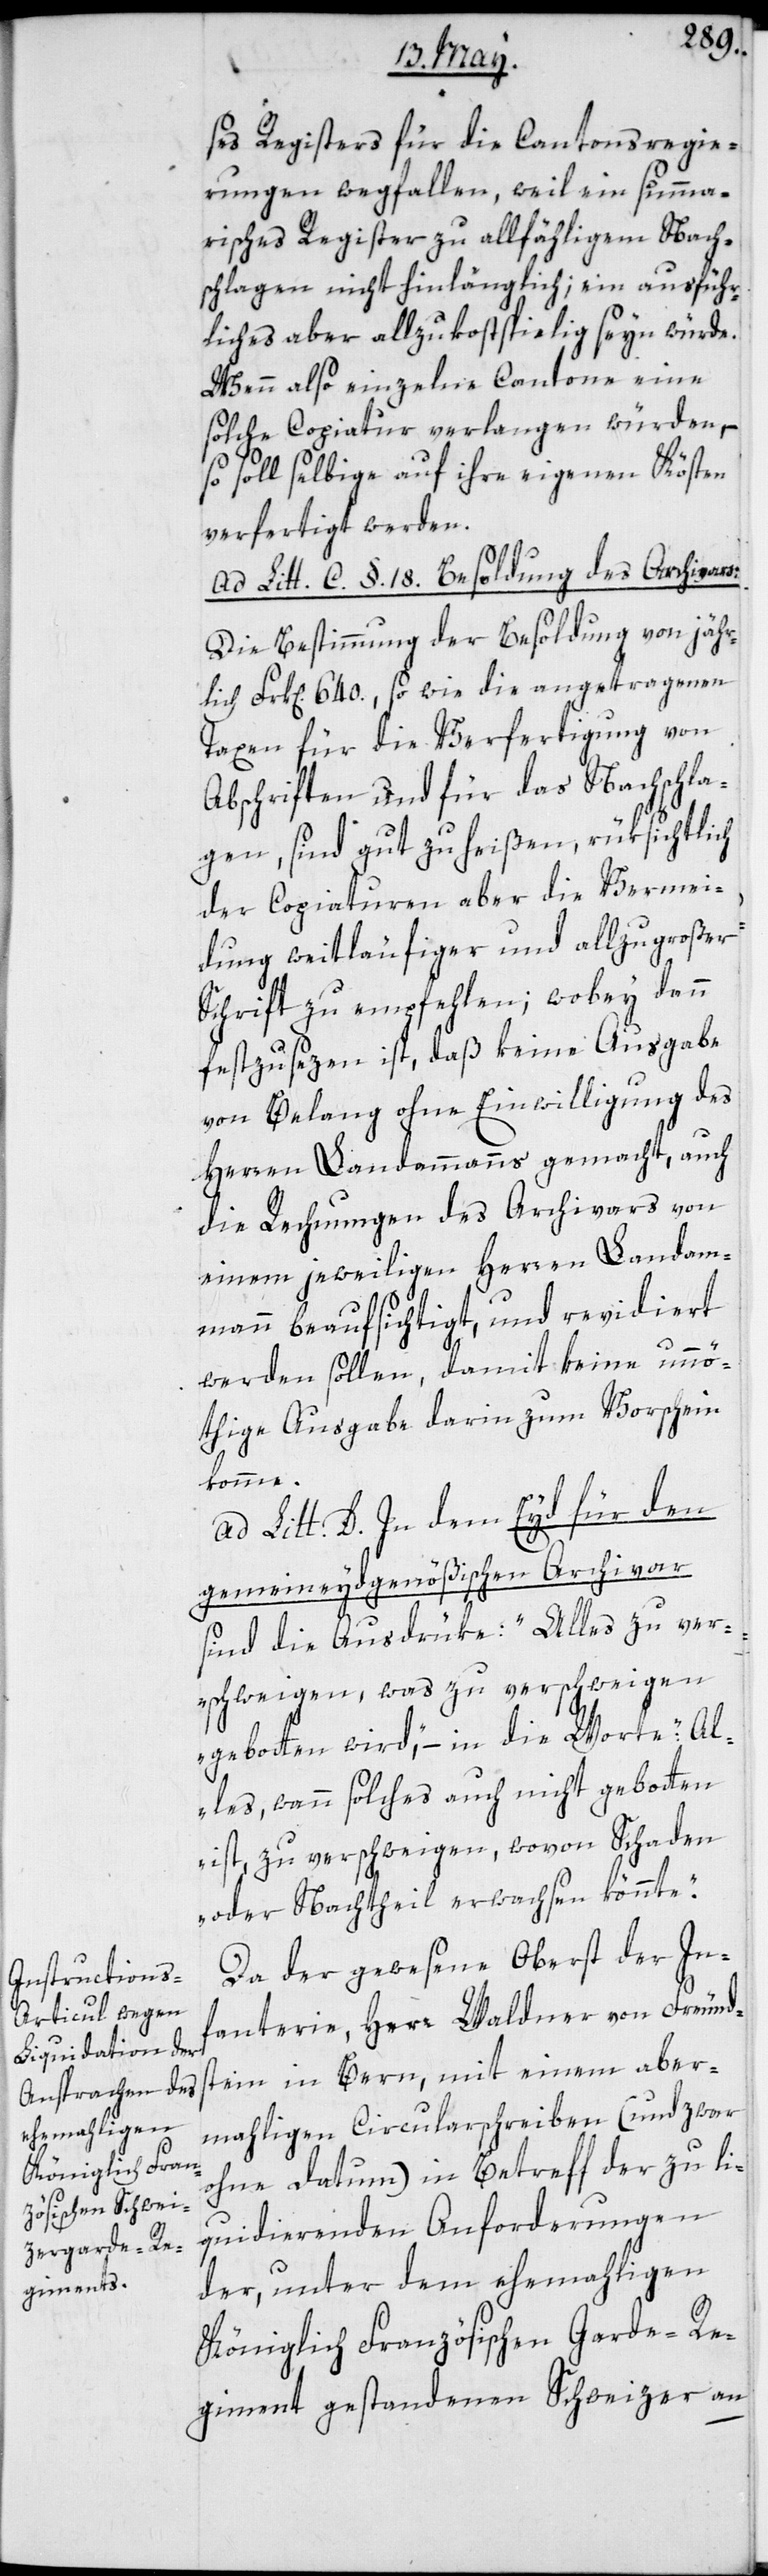
ses Registers für die Cantonsregie¬
rungen wegfallen, weil ein summa¬
risches Register zu allfähligem Nach¬
schlagen nicht hinlänglich; ein ausführ¬
liches aber allzu kostspielig seyn würde.
Wenn also einzelne Cantone eine
solche Copiatur verlangen würden, –
so soll selbige auf ihre eigenen Kösten
verfertigt werden.
Ad Litt. C. §. 18: Besoldung des Archivars.
Die Bestimmung der Besoldung von jähr¬
lich Frk[en]. 640., so wie die angetragenen
Taxen für die Verfertigung von
Abschriften und für das Nachschla¬
gen, sind gut zu heißen, rüksichtlich
der Copiaturen aber die Vermei¬
dung weitläufiger und allzu großer
Schrift zu empfehlen; wobey dann
festzusezen ist, daß keine Ausgabe
von Belang ohne Einwilligung des
Herren Landammanns gemacht, auch
die Rechnungen des Archivars von
einem jeweiligen Herren Landam¬
mann beaufsichtigt, und revidiert
werden sollen, damit keine unnö¬
thige Ausgabe darin zum Vorschein
komme.
Ad Litt. D: In dem Eyd für den
gemeineydgenößischen Archivar
sind die Ausdrüke: „Alles zu ver¬
schweigen, was zu verschweigen
gebotten wird,“ in die Worte: „Al¬
les, wann solches auch nicht geboten
ist, zu verschweigen, wovon Schaden
oder Nachtheil erwachsen könnte“.
Da der gewesene Oberst der In¬
fanterie, Herr Waldner von Freund¬
stein in Bern, mit einem aber¬
mahligen Circularschreiben (und zwar
ohne Datum) in Betreff der zu li¬
quidierenden Anforderungen
der unter dem ehemahligen
Königlich-Französischen Garde-Re¬
giment gestandenen Schweizer an